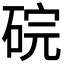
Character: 𬒑